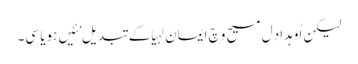
لیکن اُوہدا دِل مسیح وِچ ایمان لہیا کے تبدیل نئیں ہویا سی۔